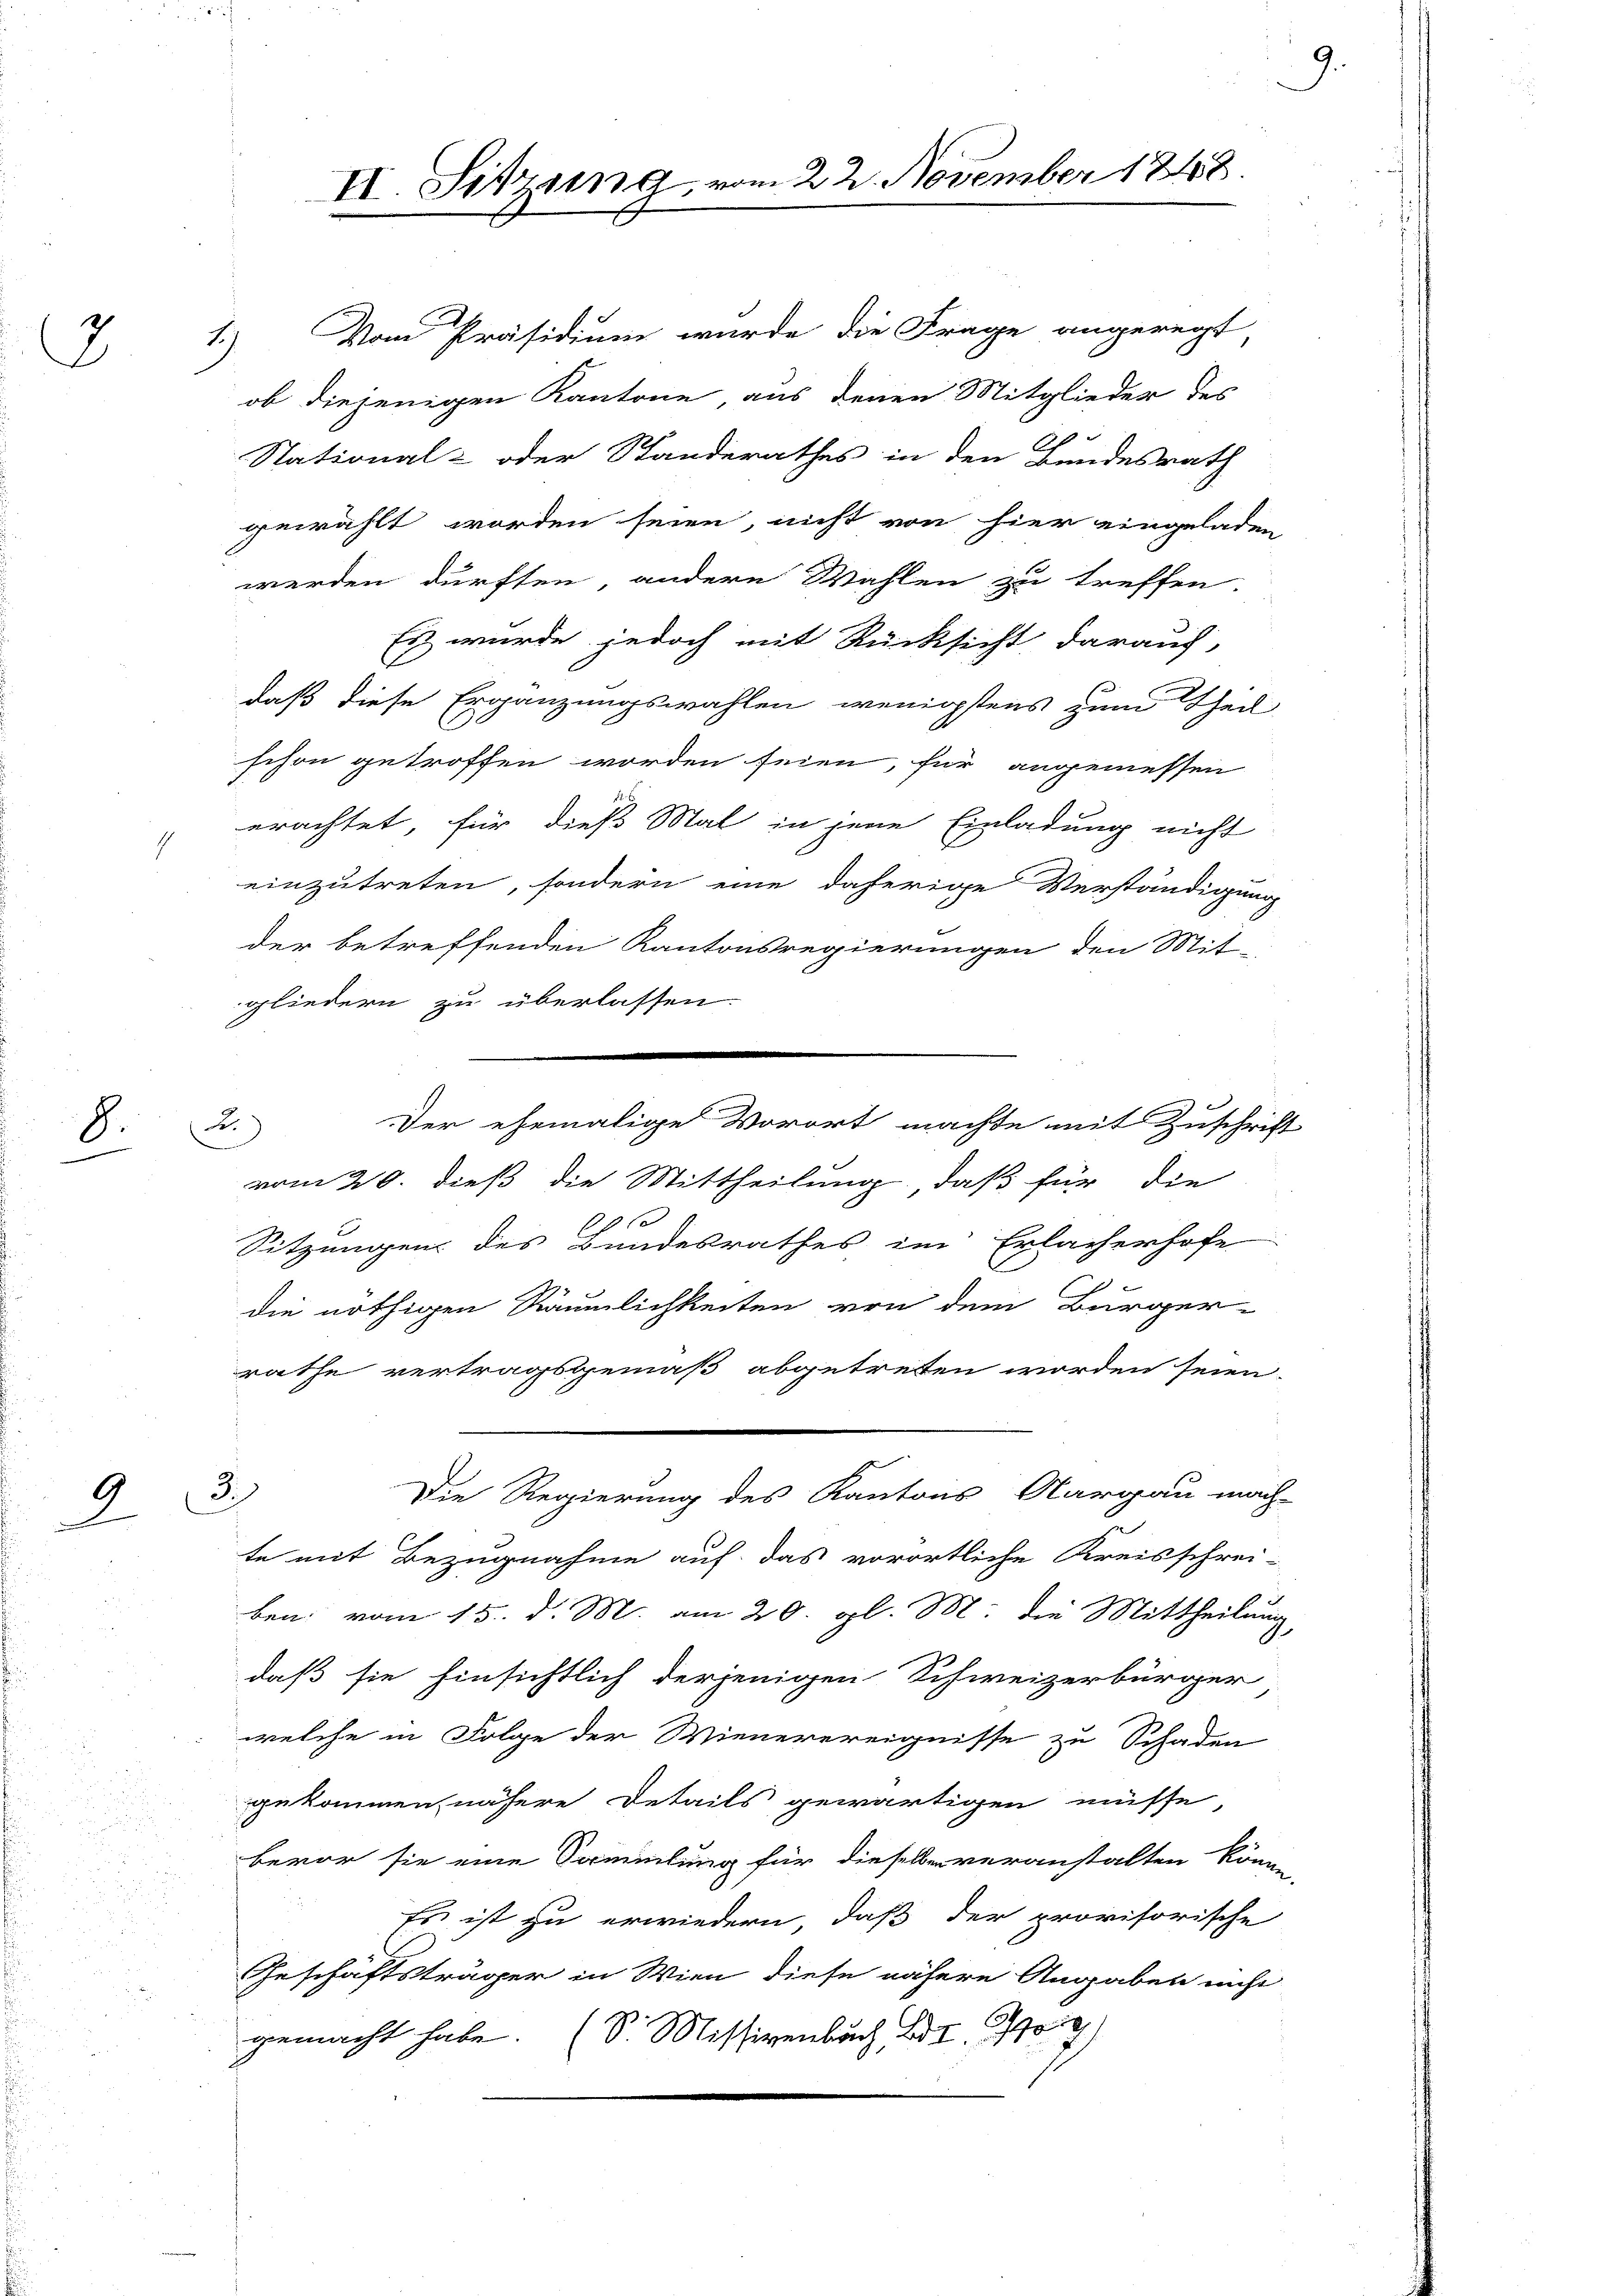
2

8
J

1

1
I

1

Vom Präsidium wurde die Frage angeregt
ob diejenigen Kantone, aus denen Mitglieder des
Stational- oder Standerathes in den Bundesrath
gewählt worden seien, nicht von hier eingeladen
werden dürften, andere Wahlen zu treffen.
Es wurde jedoch mit Rücksicht darauf,
daß diese Ergänzungswahlen, wenigstens zum Theil
schon getroffen worden seien, für angemessen
erachtet, für dieß Mal in jene Einladung nicht
einzutreten, sondern eine daherige Verständigung
der betreffenden Kantonsregierungen den Mit-
gliedern zu überlassen.
vom 20. dieß die Mittheilung, daß für die
29
Sitzungen des Bundesrathes im Erlacherhofe
die nöthigen Räumlichkeiten von dem Bürger-
rathe vertragsgemäß abgetreten worden seien.
3.
Die Regierung des Kantons Aargau mach
te mit Bezugnahme auf das vorörtliche Kreisschrei-
ben vom 15. d. M. am 20. gl. M. die Mittheilung,
daß sie hinsichtlich derjenigen Schweizerbürger
welche in Folge der Wienerereignisse zu Schaden
gekommen, nähere Details gewärtigen müsse,
bevor sie eine Sammlung für dieselben veranstalten könne,
Es ist zu erwiedern, daß der provisorische
Geschäftsträger in Wien diese nähere Angaben nicht
gemacht habe. (S. Missivenbach Er g

2

II. Sitzung, vom 22. November 1848.

Der ehemalige Vorort machte mit Zuschrift

9.